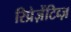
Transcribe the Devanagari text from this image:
रिप्रेज़ेंटिव्ज़